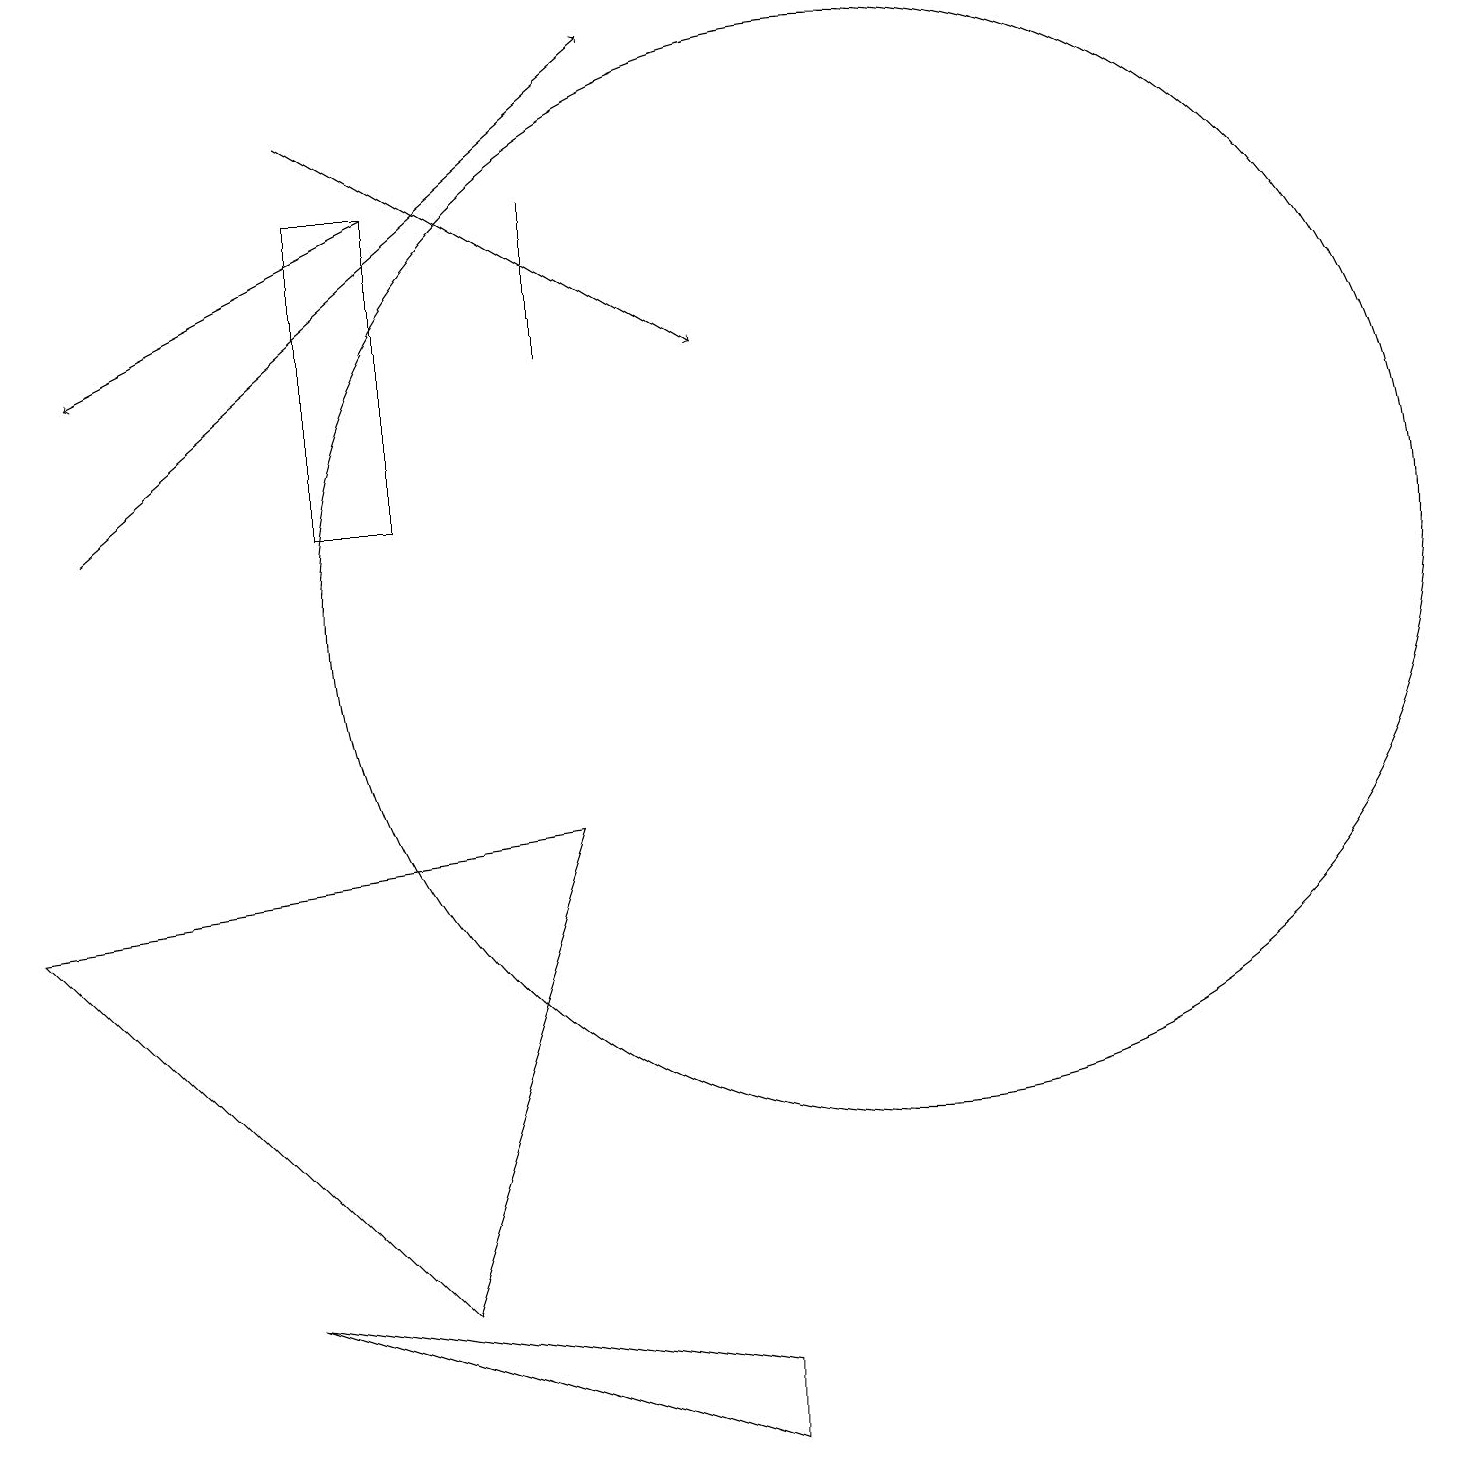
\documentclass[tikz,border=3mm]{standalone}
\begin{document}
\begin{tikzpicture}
\draw (4,13) rectangle (5,17);
\draw[->] (5,17) -- (1,15);
\draw (5,3) -- (0,8) -- (7,9) -- cycle;
\draw (9,2) -- (9,1) -- (3,3) -- cycle;
\draw (7,15) rectangle (7,17);
\draw[->] (1,13) -- (8,19);
\draw[->] (4,18) -- (9,15);
\draw (11,12) circle (7);
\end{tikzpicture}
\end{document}